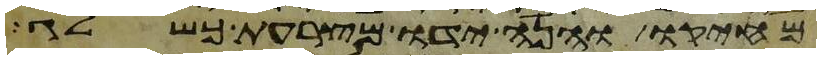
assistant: מחיקו והנה ידו מצרעת כשלג